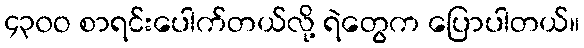
၄၃၀ဝ စာရင်းပေါက်တယ်လို့ ရဲတွေက ပြောပါတယ်။